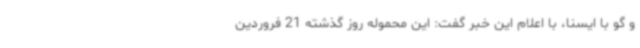
و گو با ایسنا، با اعلام این خبر گفت: این محموله روز گذشته 21 فروردین